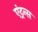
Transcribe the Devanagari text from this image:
एंट्रन्स